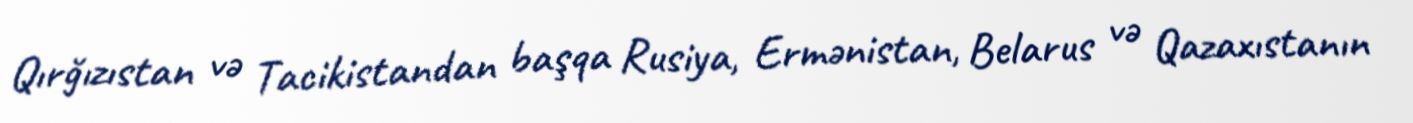
Qırğızıstan və Tacikistandan başqa Rusiya, Ermənistan, Belarus və Qazaxıstanın